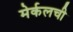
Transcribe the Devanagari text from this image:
मेर्कलची